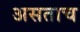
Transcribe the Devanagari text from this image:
असताच